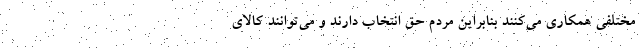
مختلفي همكاري مي‌كنند بنابراين مردم حق انتخاب دارند و مي‌توانند كالاي